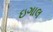
ઇગાલ